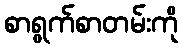
စာရွက်စာတမ်းကို